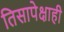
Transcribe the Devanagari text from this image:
तिसापेक्षाही